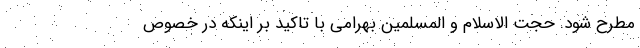
مطرح شود. حجت الاسلام و المسلمین بهرامی با تاکید بر اینکه در خصوص